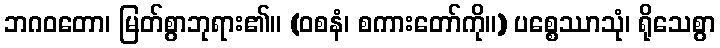
ဘဂဝတော၊ မြတ်စွာဘုရား၏။ (ဝစနံ၊ စကားတော်ကို။) ပစ္စေဿာသုံ၊ ရိုသေစွာ